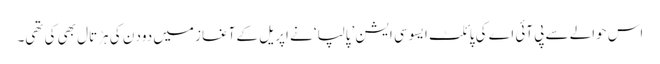
اس حوالے سے پی آئی اے کی پائلٹ ایسوسی ایشن ’پالپا‘ نے اپریل کے آغاز میں دود ن کی ہڑتال بھی کی تھی۔